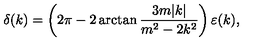
\delta ( k ) = \left( 2 \pi - 2 \arctan { \frac { 3 m | k | } { m ^ { 2 } - 2 k ^ { 2 } } } \right) \varepsilon ( k ) ,